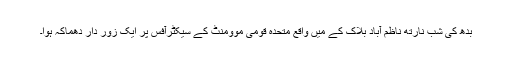
بدھ کی شب نارتھ ناظم آباد بلاک کے میں واقع متحدہ قومی موومنٹ کے سیکٹرآفس پر ایک زور دار دھماکہ ہوا۔